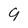
Character: 9